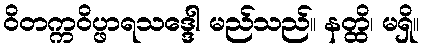
ဝိတက္ကဝိပ္ဖာရသဒ္ဒေါ မည်သည်။ နတ္ထိ၊ မရှိ။